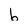
Character: b